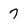
Character: 7